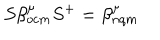
S \beta _ { o c m } ^ { \mu } S ^ { + } = \beta _ { n q m } ^ { \mu }